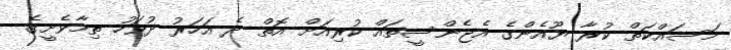
މަސައްކަތް ކުރާ ޔޫއެންގެ އެޖެންސީތައް ކުރިއަށް އޮތް ދެ އަހަރު ދުވަހު ތިމާވެށީގެ